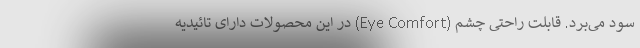
سود می‌برد. قابلت راحتی چشم (Eye Comfort) در این محصولات دارای تائیدیه